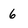
Character: 6